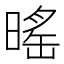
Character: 暚